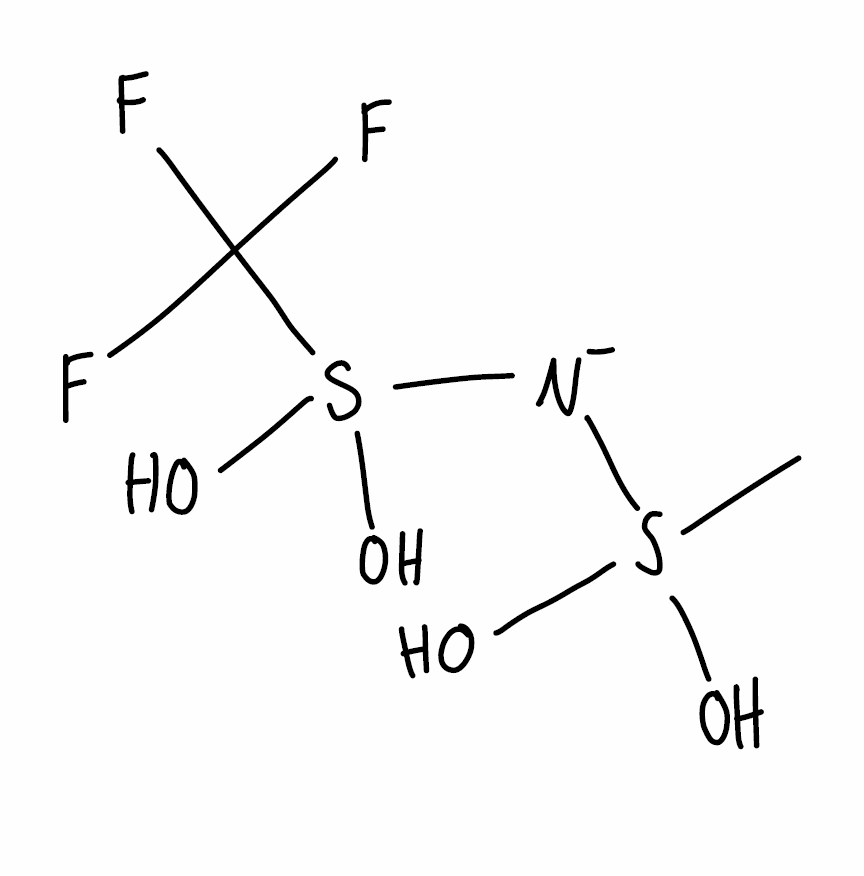
Simplified molecular-input line-entry system (SMILES) notation of the given molecule:
CS([N-]S(C(F)(F)F)(O)O)(O)O